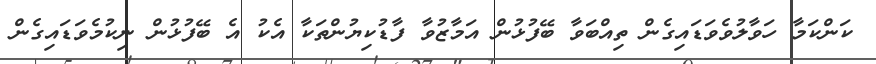
ކަންކަމާ ހަވާލުވެވަޑައިގެން ތިއްބަވާ ބޭފުޅުން އަމާޒުވާ ފާޑުކިޔުންތަކާ އެކު އެ ބޭފުޅުން ނިކުމެވަޑައިގެން